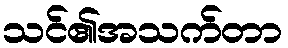
သင်၏အသက်တာ